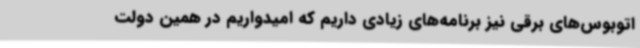
اتوبوس‌های برقی نیز برنامه‌های زیادی داریم که امیدواریم در همین دولت